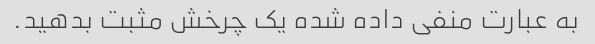
به عبارت منفی داده شده یک چرخش مثبت بدهید.